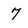
Character: 7